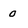
Character: 0